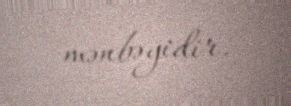
mənbəyidir.